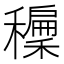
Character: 𥣝